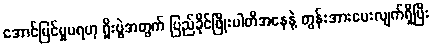
အောင်မြင်မှုမရဟု ရှိုးပွဲအတွက် ပြည်ခိုင်ဖြိုးပါတီအနေနဲ့ တွန်းအားပေးလျက်ရှိပြီး